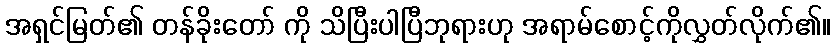
အရှင်မြတ်၏ တန်ခိုးတော် ကို သိပြီးပါပြီဘုရားဟု အရာမ်စောင့်ကိုလွှတ်လိုက်၏။